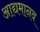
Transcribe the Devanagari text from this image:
आद्यमानव